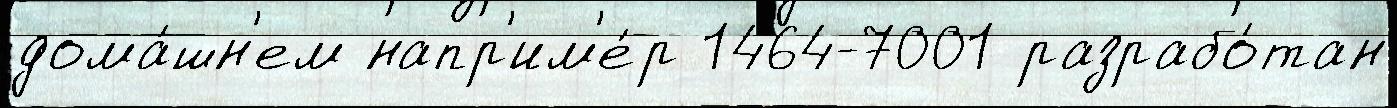
дома́шн'ем напр'им'е́р 1464-7001 разрабо́тан